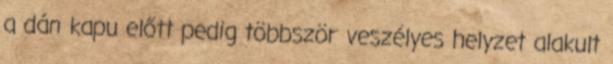
a dán kapu előtt pedig többször veszélyes helyzet alakult